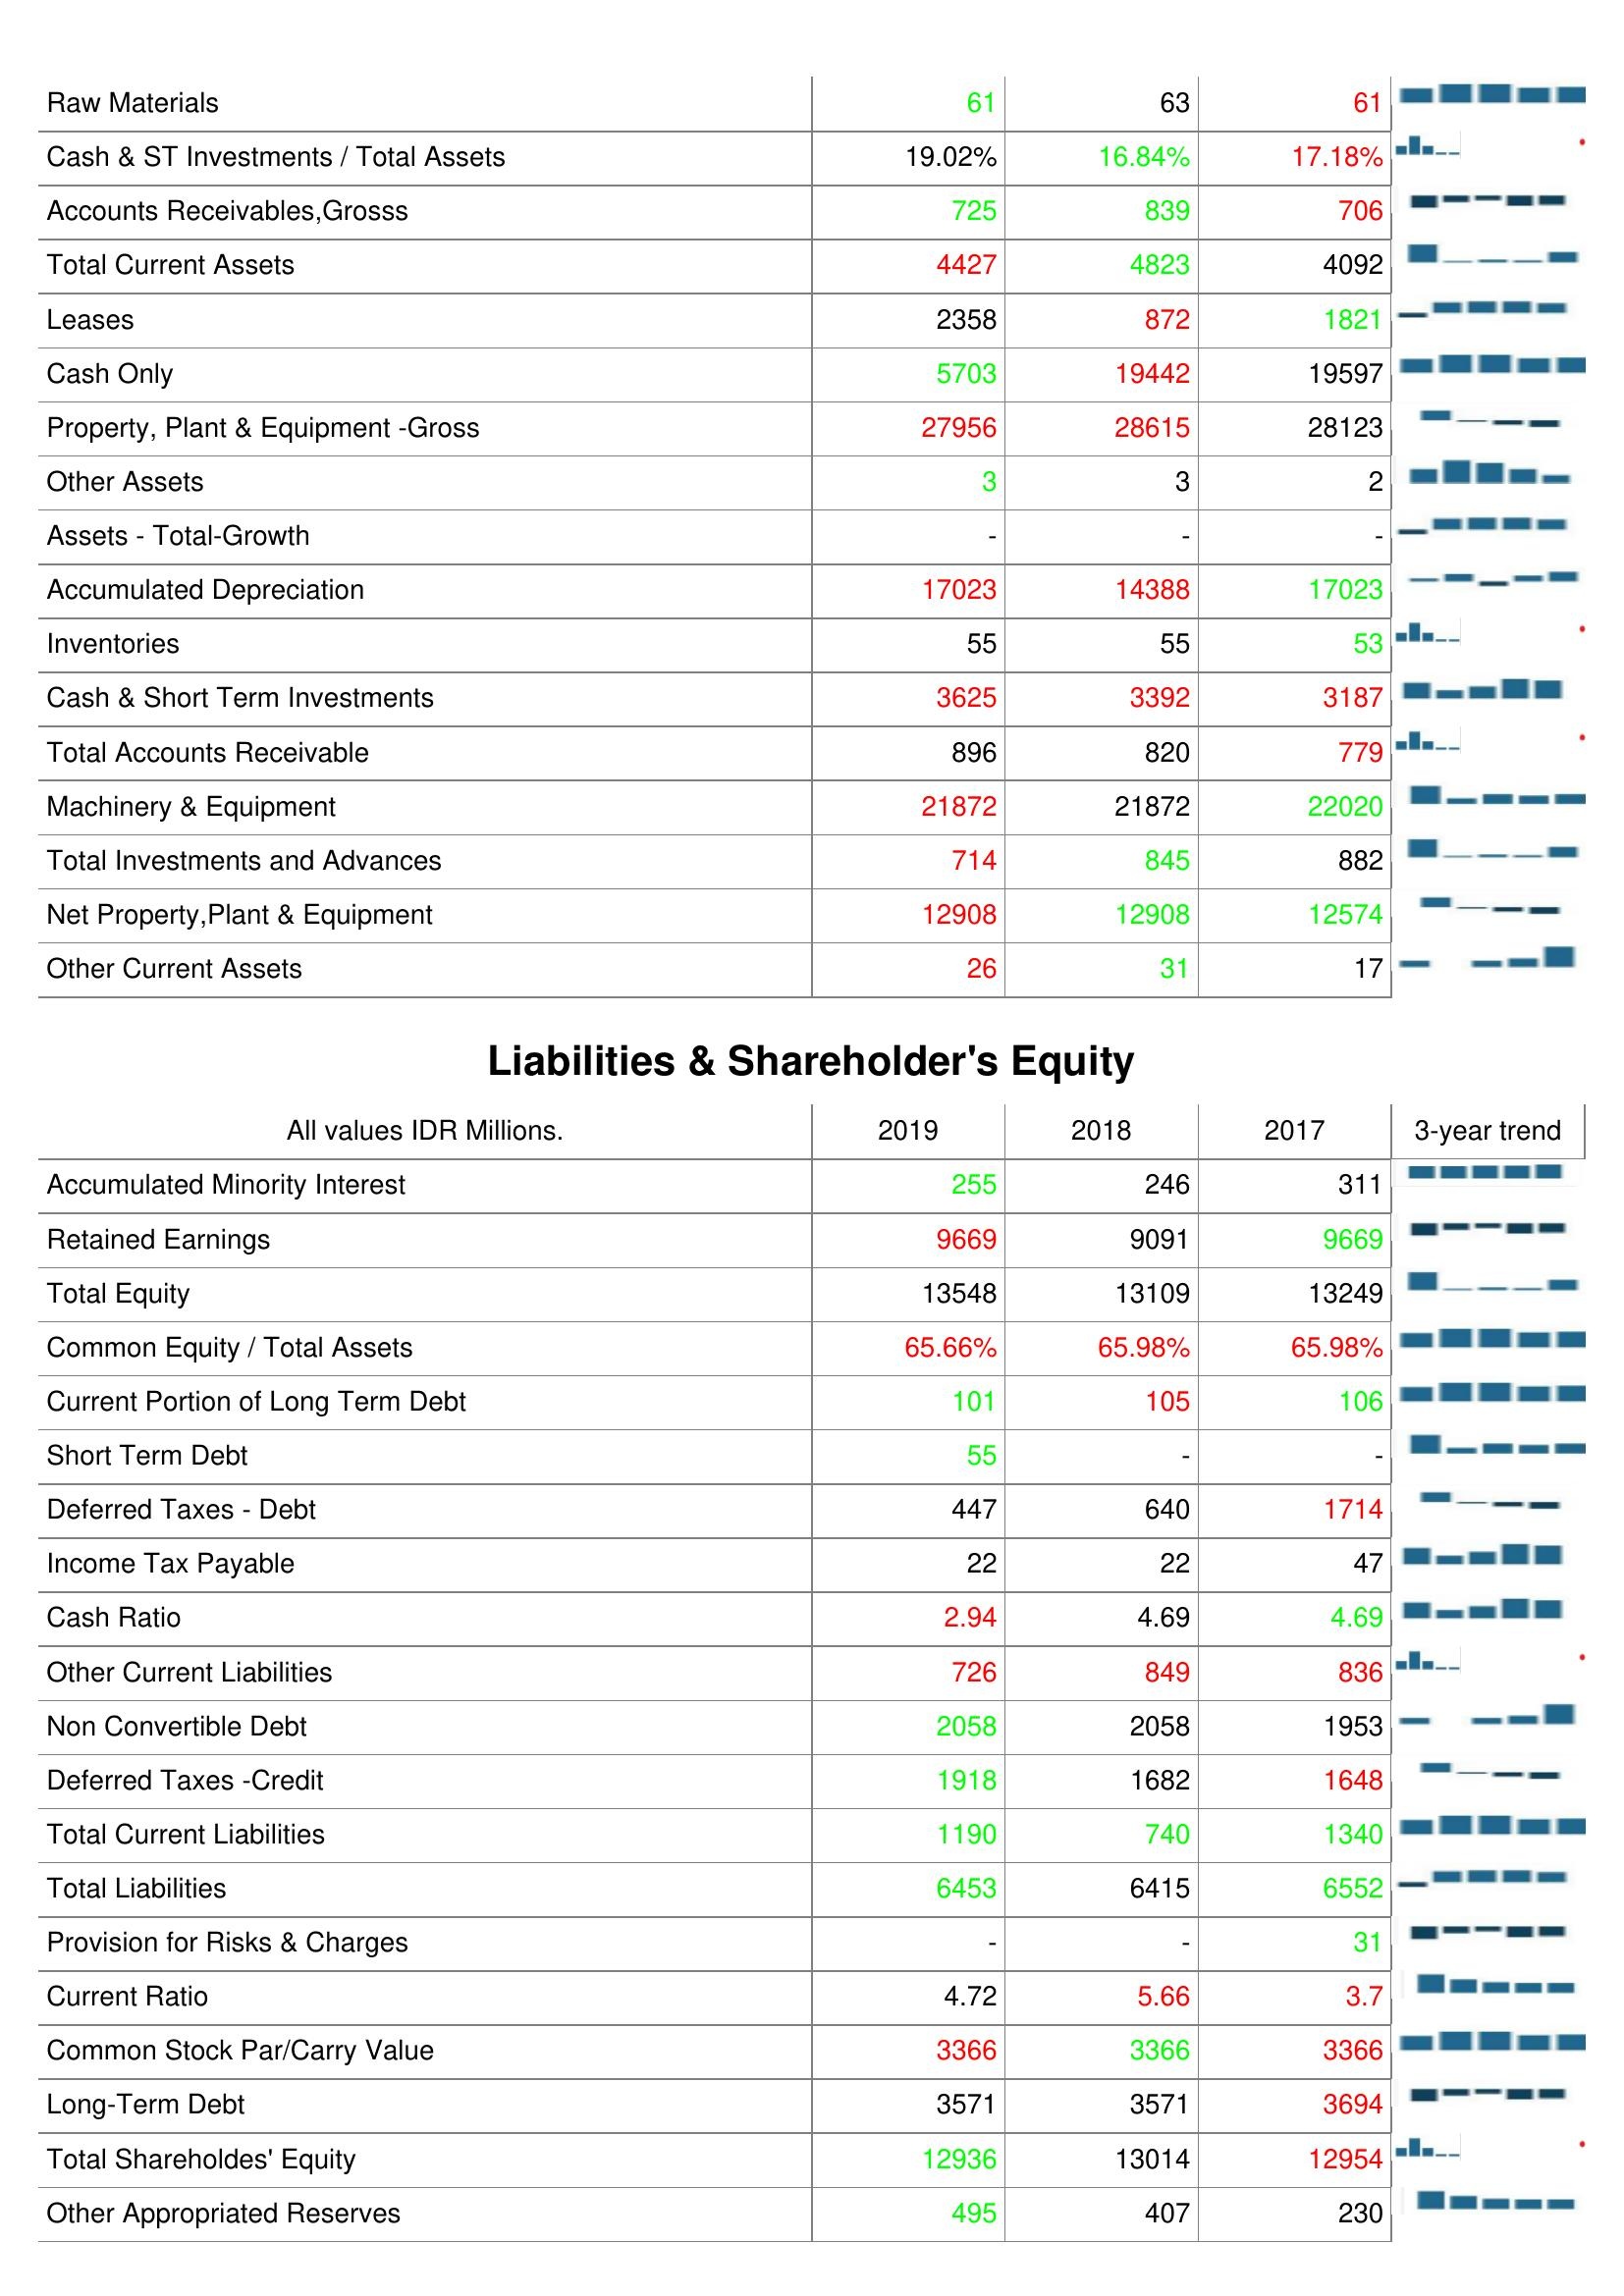
2019: Assets: Raw Materials: 61
Cash & ST Investments / Total Assets: 19.02%
Accounts Receivables,Grosss: 725
Total Current Assets: 4427
Leases: 2358
Cash Only: 5703
Property, Plant & Equipment -Gross: 27956
Other Assets: 3
Assets - Total-Growth: -
Accumulated Depreciation: 17023
Inventories: 55
Cash & Short Term Investments: 3625
Total Accounts Receivable: 896
Machinery & Equipment: 21872
Total Investments and Advances: 714
Net Property,Plant & Equipment: 12908
Other Current Assets: 26
Liabilities & Shareholder's Equity: Accumulated Minority Interest: 255
Retained Earnings: 9669
Total Equity: 13548
Common Equity / Total Assets: 65.66%
Current Portion of Long Term Debt: 101
Short Term Debt: 55
Deferred Taxes - Debt: 447
Income Tax Payable: 22
Cash Ratio: 2.94
Other Current Liabilities: 726
Non Convertible Debt: 2058
Deferred Taxes -Credit: 1918
Total Current Liabilities: 1190
Total Liabilities: 6453
Provision for Risks & Charges: -
Current Ratio: 4.72
Common Stock Par/Carry Value: 3366
Long-Term Debt: 3571
Total Shareholdes' Equity: 12936
Other Appropriated Reserves: 495
2018: Assets: Raw Materials: 63
Cash & ST Investments / Total Assets: 16.84%
Accounts Receivables,Grosss: 839
Total Current Assets: 4823
Leases: 872
Cash Only: 19442
Property, Plant & Equipment -Gross: 28615
Other Assets: 3
Assets - Total-Growth: -
Accumulated Depreciation: 14388
Inventories: 55
Cash & Short Term Investments: 3392
Total Accounts Receivable: 820
Machinery & Equipment: 21872
Total Investments and Advances: 845
Net Property,Plant & Equipment: 12908
Other Current Assets: 31
Liabilities & Shareholder's Equity: Accumulated Minority Interest: 246
Retained Earnings: 9091
Total Equity: 13109
Common Equity / Total Assets: 65.98%
Current Portion of Long Term Debt: 105
Short Term Debt: -
Deferred Taxes - Debt: 640
Income Tax Payable: 22
Cash Ratio: 4.69
Other Current Liabilities: 849
Non Convertible Debt: 2058
Deferred Taxes -Credit: 1682
Total Current Liabilities: 740
Total Liabilities: 6415
Provision for Risks & Charges: -
Current Ratio: 5.66
Common Stock Par/Carry Value: 3366
Long-Term Debt: 3571
Total Shareholdes' Equity: 13014
Other Appropriated Reserves: 407
2017: Assets: Raw Materials: 61
Cash & ST Investments / Total Assets: 17.18%
Accounts Receivables,Grosss: 706
Total Current Assets: 4092
Leases: 1821
Cash Only: 19597
Property, Plant & Equipment -Gross: 28123
Other Assets: 2
Assets - Total-Growth: -
Accumulated Depreciation: 17023
Inventories: 53
Cash & Short Term Investments: 3187
Total Accounts Receivable: 779
Machinery & Equipment: 22020
Total Investments and Advances: 882
Net Property,Plant & Equipment: 12574
Other Current Assets: 17
Liabilities & Shareholder's Equity: Accumulated Minority Interest: 311
Retained Earnings: 9669
Total Equity: 13249
Common Equity / Total Assets: 65.98%
Current Portion of Long Term Debt: 106
Short Term Debt: -
Deferred Taxes - Debt: 1714
Income Tax Payable: 47
Cash Ratio: 4.69
Other Current Liabilities: 836
Non Convertible Debt: 1953
Deferred Taxes -Credit: 1648
Total Current Liabilities: 1340
Total Liabilities: 6552
Provision for Risks & Charges: 31
Current Ratio: 3.7
Common Stock Par/Carry Value: 3366
Long-Term Debt: 3694
Total Shareholdes' Equity: 12954
Other Appropriated Reserves: 230